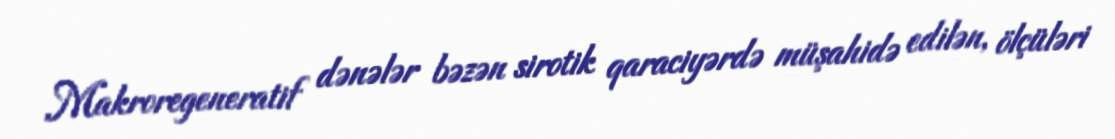
Makroregeneratif dənələr bəzən sirotik qaraciyərdə müşahidə edilən, ölçüləri